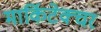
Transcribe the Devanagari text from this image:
मार्किटेक्चर